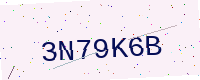
Text: 3N79K6B